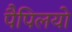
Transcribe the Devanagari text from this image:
पैपिलयो